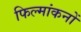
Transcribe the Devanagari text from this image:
फिल्मांकनों